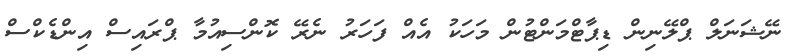
ނޭޝަނަލް ޕްލޭނިން ޑިޕާޓްމަންޓުން މަހަކު އެއް ފަހަރު ނެރޭ ކޮންސިއުމާ ޕްރައިސް އިންޑެކްސް